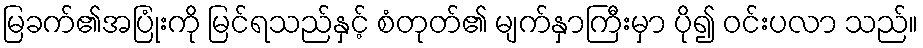
မြခက်၏အပြုံးကို မြင်ရသည်နှင့် စံတုတ်၏ မျက်နှာကြီးမှာ ပို၍ ဝင်းပလာ သည်။